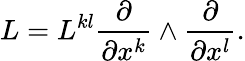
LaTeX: L=L^{kl}\frac{\partial}{\partial x^{k}}\wedge\frac{\partial}{\partial x^{l}}.